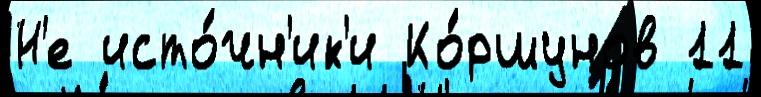
Н'е исто́чн'ик'и Ко́ршунов 11